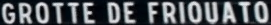
GROTTE DE FRIOUATO